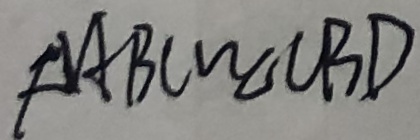
\Delta A B C \sim \Delta C B D